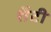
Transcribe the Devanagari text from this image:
शेंटी